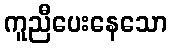
ကူညီပေးနေသော